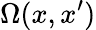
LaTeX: \Omega(x,x^{\prime})